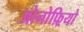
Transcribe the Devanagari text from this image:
ओनोफ़्रियो